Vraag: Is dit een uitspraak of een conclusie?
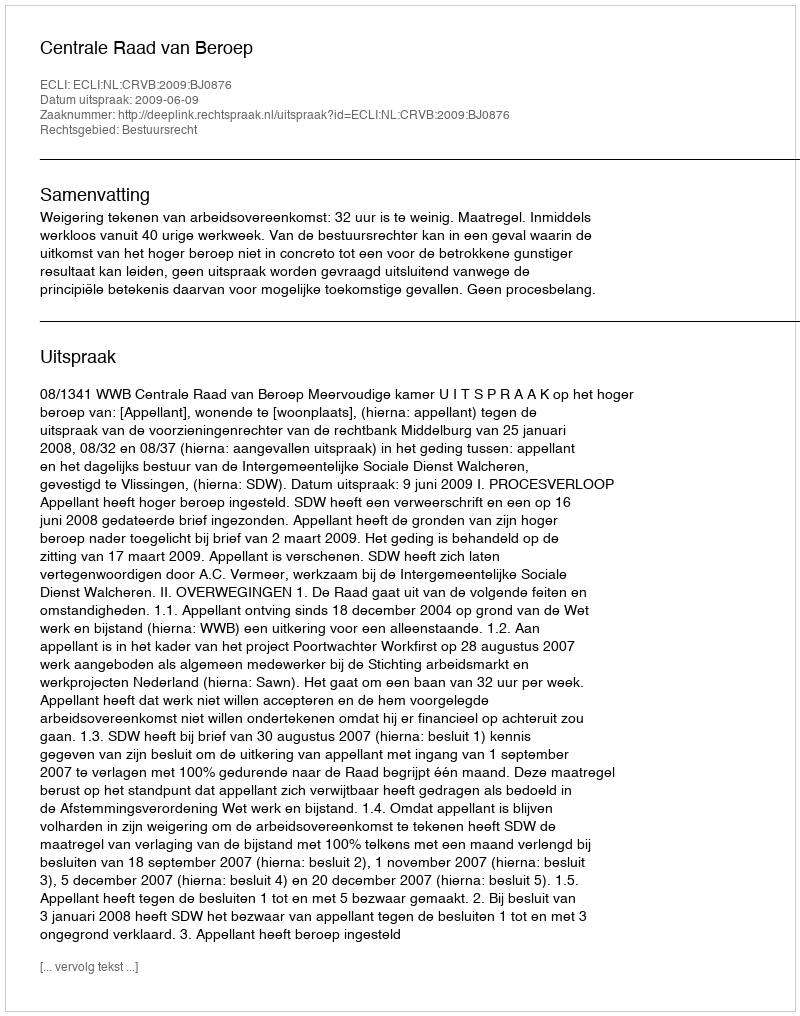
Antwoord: Uitspraak